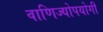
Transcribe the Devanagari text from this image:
वाणिज्योपयोगी